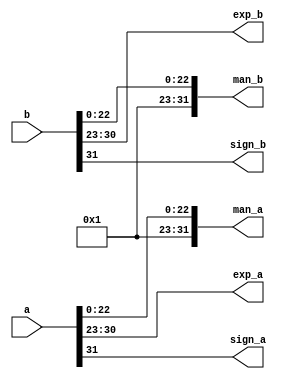
module getval(
    input [32:1] a,
    input [32:1] b,
    output reg [32:1] man_a,
    output reg [32:1] man_b,
    output reg [8:1] exp_a,
    output reg [8:1] exp_b,
    output reg sign_a,
    output reg sign_b
    
);

always@(*)begin
    man_a={32'b0};
    man_b={32'b0};
    man_a [23:1] = a[23:1];
    man_b [23:1] = b[23:1];
    exp_a =a[31:24];
    exp_b =b[31:24];
    sign_a =a[32];
    sign_b =b[32];

    man_a[24]=1'b1; //1.man_a
    man_b[24]=1'b1; //1.man_b
    end



endmodule